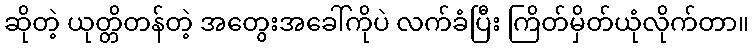
ဆိုတဲ့ ယုတ္တိတန်တဲ့ အတွေးအခေါ်ကိုပဲ လက်ခံပြီး ကြိတ်မှိတ်ယုံလိုက်တာ။